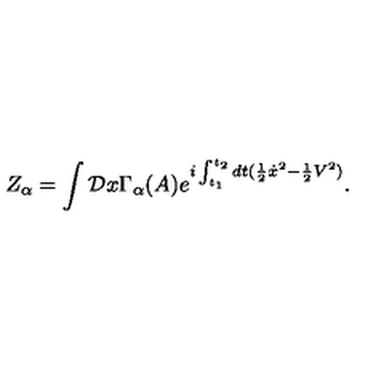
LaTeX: Z _ { \alpha } = \int { \cal D } x \Gamma _ { \alpha } ( A ) \displaystyle { e } ^ { i \int _ { t _ { 1 } } ^ { t _ { 2 } } d t ( { \frac { 1 } { 2 } } { \dot { x } } ^ { 2 } - { \frac { 1 } { 2 } } V ^ { 2 } ) } .